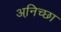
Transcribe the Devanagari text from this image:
अनि़च्छा